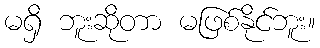
မရှိ ဘူးဆိုတာ မဖြစ်နိုင်ဘူး။